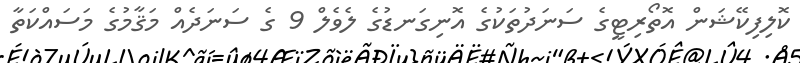
ކޮލިފިކޭޝަން އޮތޯރިޓީގެ ސަނަދުތަކުގެ އޮނިގަނޑުގެ ލެވެލް 9 ގެ ސަނަދެއް މަޤާމުގެ މަސައްކަތާ